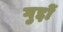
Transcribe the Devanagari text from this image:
गुद्दों